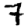
Digit: 7